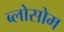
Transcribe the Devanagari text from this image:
ब्लोसोम